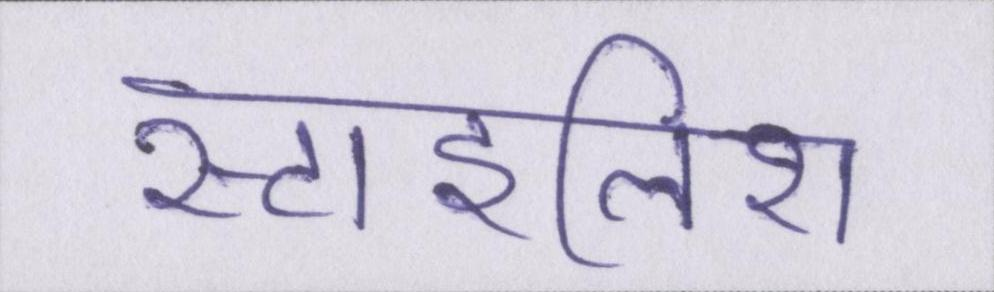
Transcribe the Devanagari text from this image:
स्टाइलिश